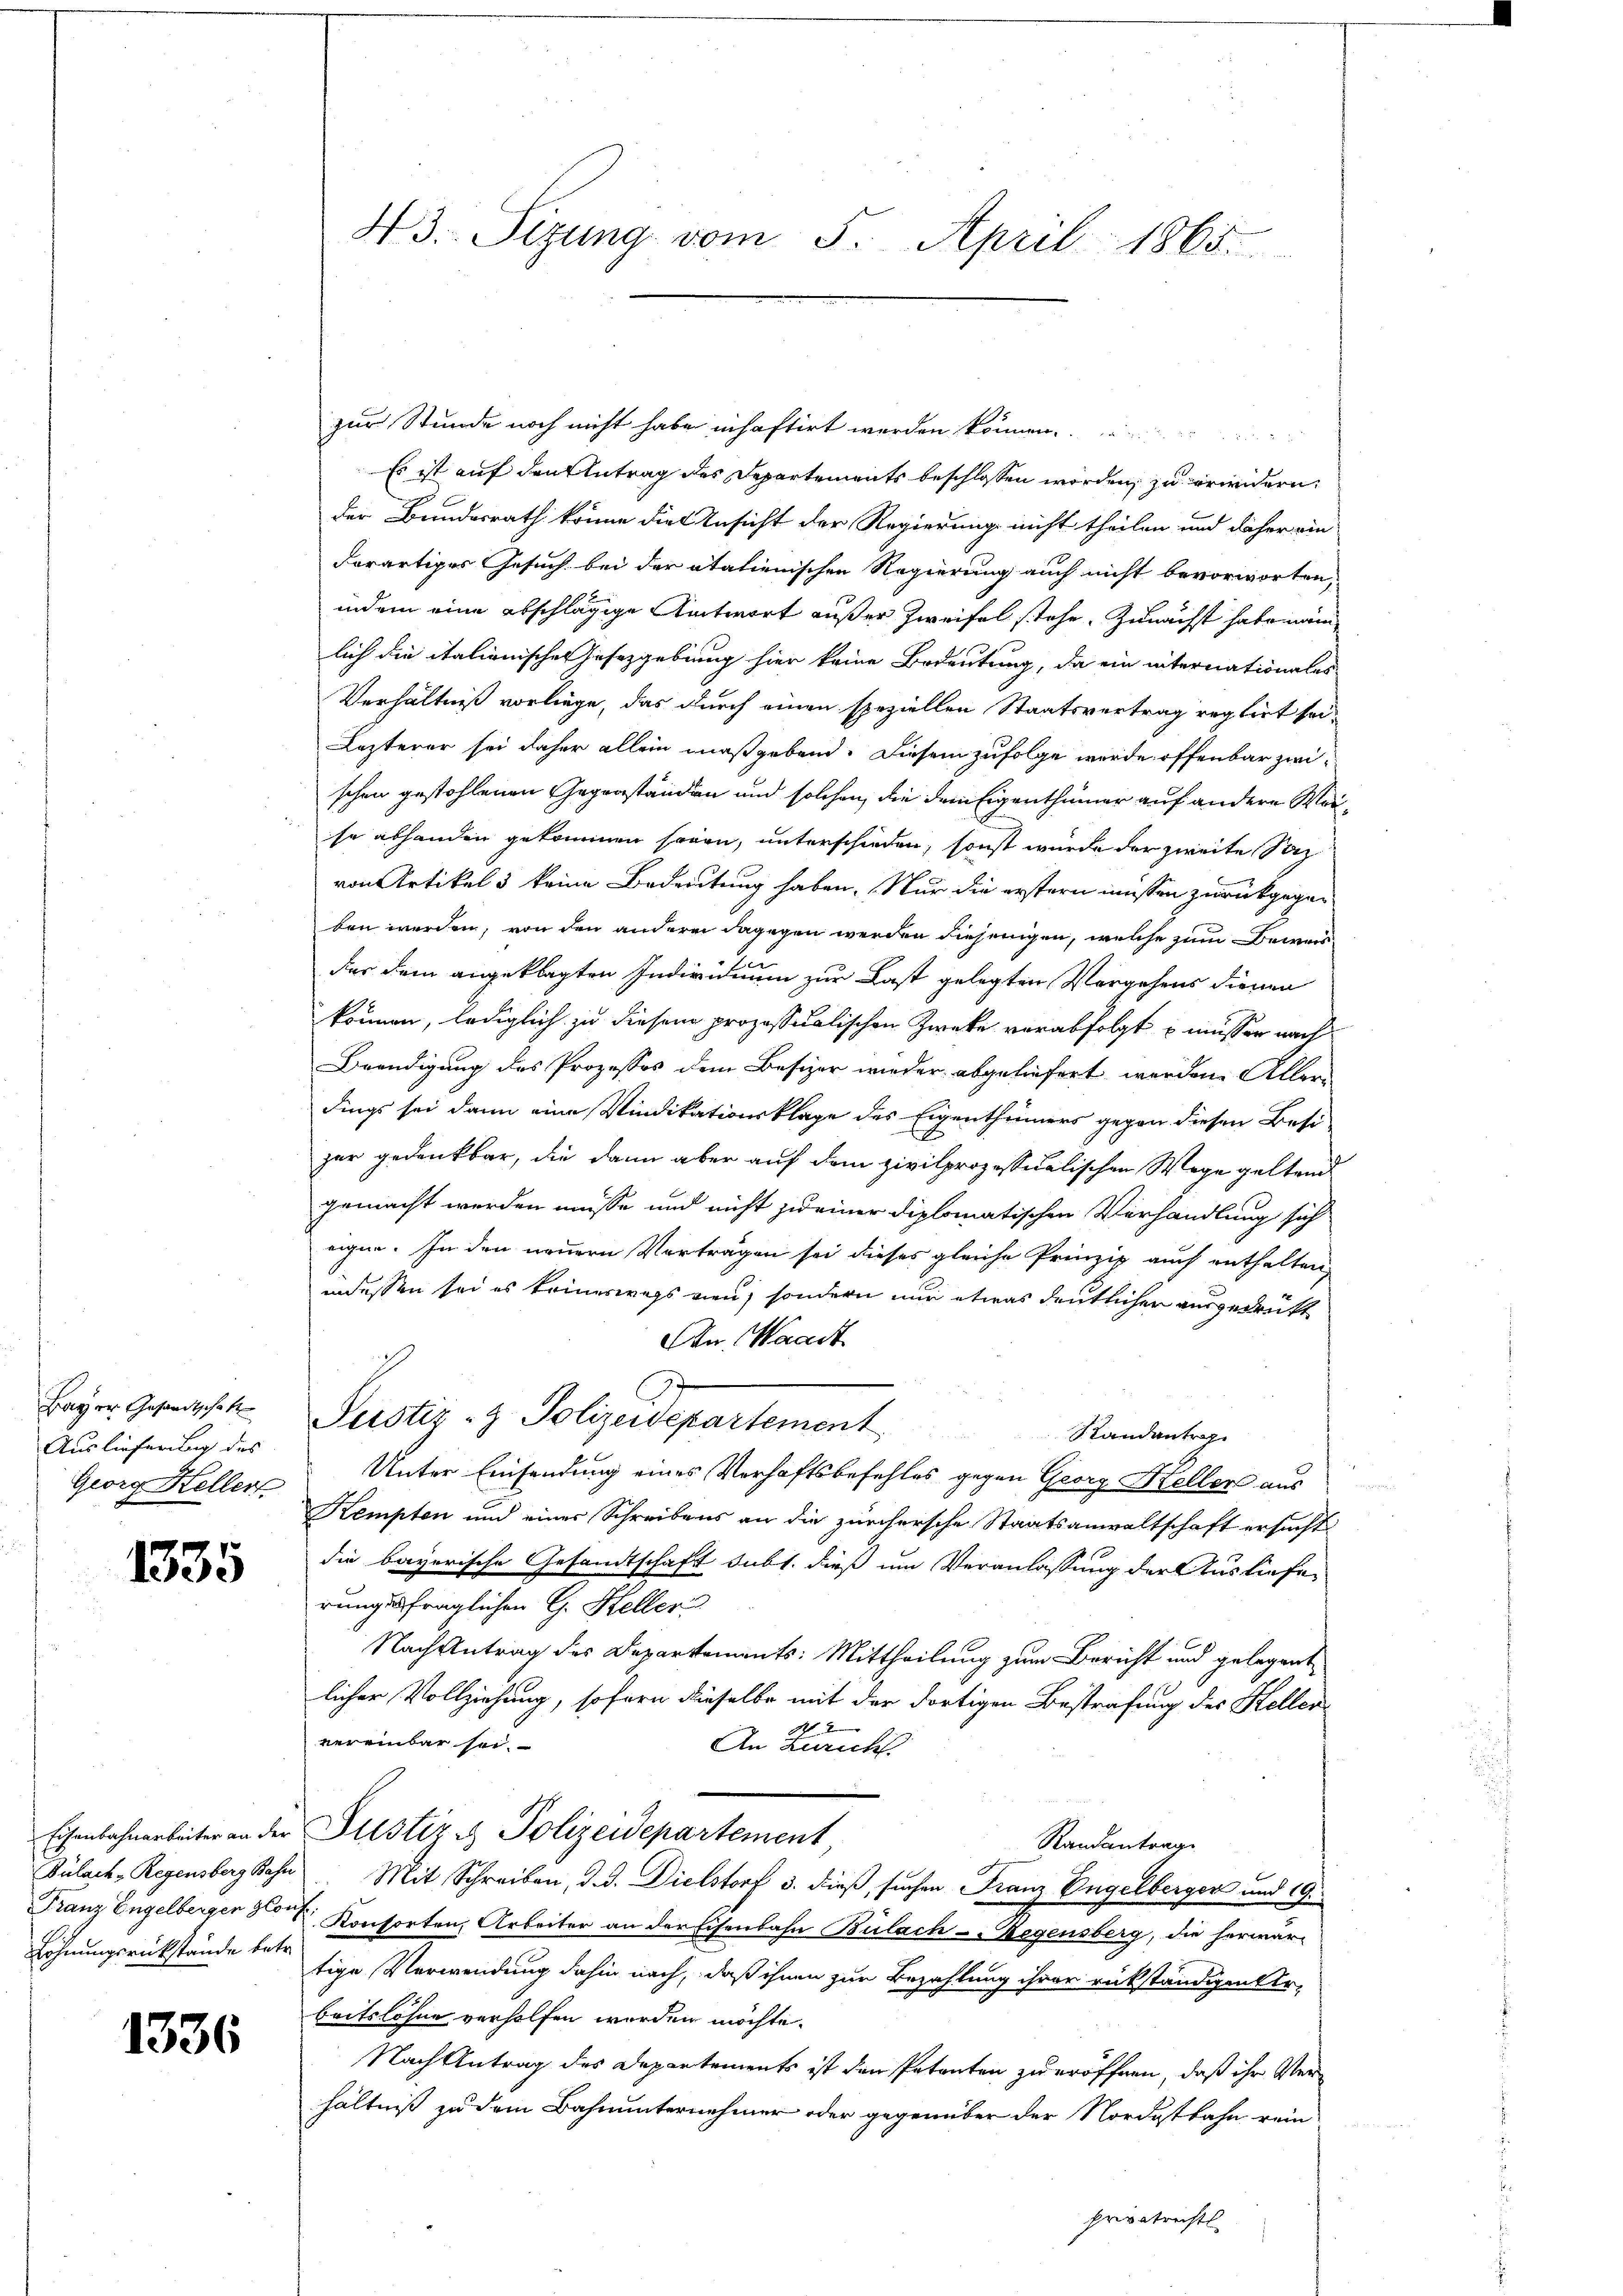
Bayer Gesandtschaft
Auslieferung des
Georg Heller

1335

Eisenbahnarbeiter an der
Bülach, Regensberg Bahn
Franz Engelbergen glei
Lohnungsrükstände betr.

1336

43. Sizung vom 5. April 1865.

zur Stunde noch nicht habe inhaftirt werden können.
Es ist auf den Antrag des Departements beschlossen worden, zu erwendern,
der Bundesrath könne die Ansicht der Regierung nicht theilen und daher ein
derartiges Gesuch bei der atalienischen Regierung auch nicht bevorworten,
indem eine abschlägige Antwort außer Zweifel stehe, zunächst habe nämlich die italienischen Gesetzgebung hier keine Bedeutung, da ein internationales
Verhältniß vorliege, das durch einen speziellen Staatsvertrag reglirt sei¬
Lezterer sei daher allein maßgebend. Diesem zufolge wurde offenbar zwischen gestohlenen Gegenständen und solchen, die dem Eigenthümer auf andere Weise abhanden gekommen sogen, unterschieden, sonst wurde der zweite Soz
von Artikel 5 keine Bedeutung haben. Nur die erstern müssen zurückgegen
ben werden, von den anderen dagegen werden diejenigen, welche zum Beweisder dem angeklagten Individuum zur Last gelegten Vorgehens dienen
können, lediglich zu diesem prozessualischen Zwecke verabfolgt u müssen nach¬
Beendigung des Prozesses dem Besizer wieder abgeliefert werden. Allerdings sei dann eine Vindikationsklage des Eigenthümers gegen diesen Besi
zer gedankbar, die dann aber auf dem zivilprozessualischen Wege geltend
gemacht werden müsse und nicht zu einer diplomatischen Verhandlung sich
eigen. In den neuern Vorträgen sei dieses gleiche Prinzip auch enthalten,
indessen sei es keineswegs vien, sondern nur etwas deutlicher ausgedrukt
An Waadt
h
Justiz- & Polizeidepartement
Randantrag
Unter Einsendung eines Verhaftsbefehles gegen Georg Heller aus
Kempten und einer Schreibens an die zürchersche Staatsanwaltschaft ersucht
die bayerische Gesandtschaft subt. dieß um Veranlassung der Ausliefen
rungsfraglichen G. Heller
Nach Antrag des Departements: Mittheilung zum Bericht und gelegent
licher Vollziehung, sofern dieselbe mit der dortigen Bestrafung des Keller
vereinbar sei.
An Zürich
Justiz & Polizeidepartement,
Randantrag
 Mit Schreiben, d. d. Dielstorf 3. dieß, suchen Franz Engelberger und 19.
 Konsorten, Arbeiter an der Eisenbahn Bülach–Regensberg, die herwar-
tige Verwendung dahin nach, daß ihnen zur Bezahlung ihrer rükständigen Ur-
beitslöhne verholfen werden möchte.
Nach Antrag des Departements ist den Petenten zu eröffnen, daß ihr Verhältniß zu dem Bahnunternehmer oder gegenüber der Nordostbahn rein
privatrechtl